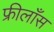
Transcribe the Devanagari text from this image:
फ्रीलाँस